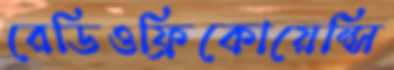
রেডিওফ্রিকোয়েন্সি